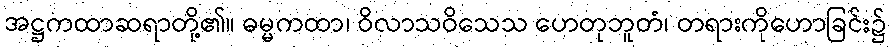
အဋ္ဌကထာဆရာတို့၏။ ဓမ္မကထာ၊ ဝိလာသဝိသေသ ဟေတုဘူတံ၊ တရားကိုဟောခြင်း၌